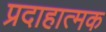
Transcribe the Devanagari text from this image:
प्रदाहात्मक